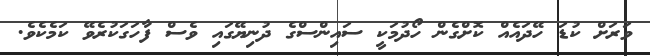
ވަރަށް ކުޑަ ހޭދައެއް ކޮށްގެން ހޯދުމަކީ ސައިންސްގެ ދުނިޔޭގައި ވެސް ފާހަގަކުރެވޭ ކަމެކެވެ.